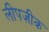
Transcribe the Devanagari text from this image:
लीपज़ीक